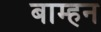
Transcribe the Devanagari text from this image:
बाम्हन